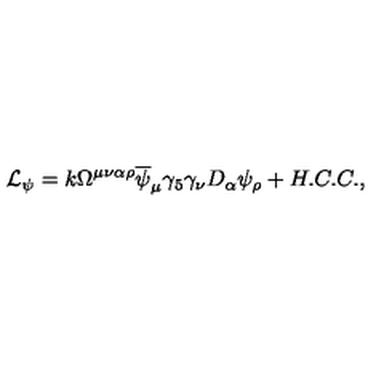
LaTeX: \mathcal { L } _ { \psi } = k \Omega ^ { \mu \nu \alpha \rho } \overline { { \psi } } _ { \mu } \gamma _ { 5 } \gamma _ { \nu } D _ { \alpha } \psi _ { \rho } + H . C . C . ,